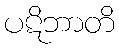
ပဋိဘာတိ